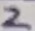
Text: 2